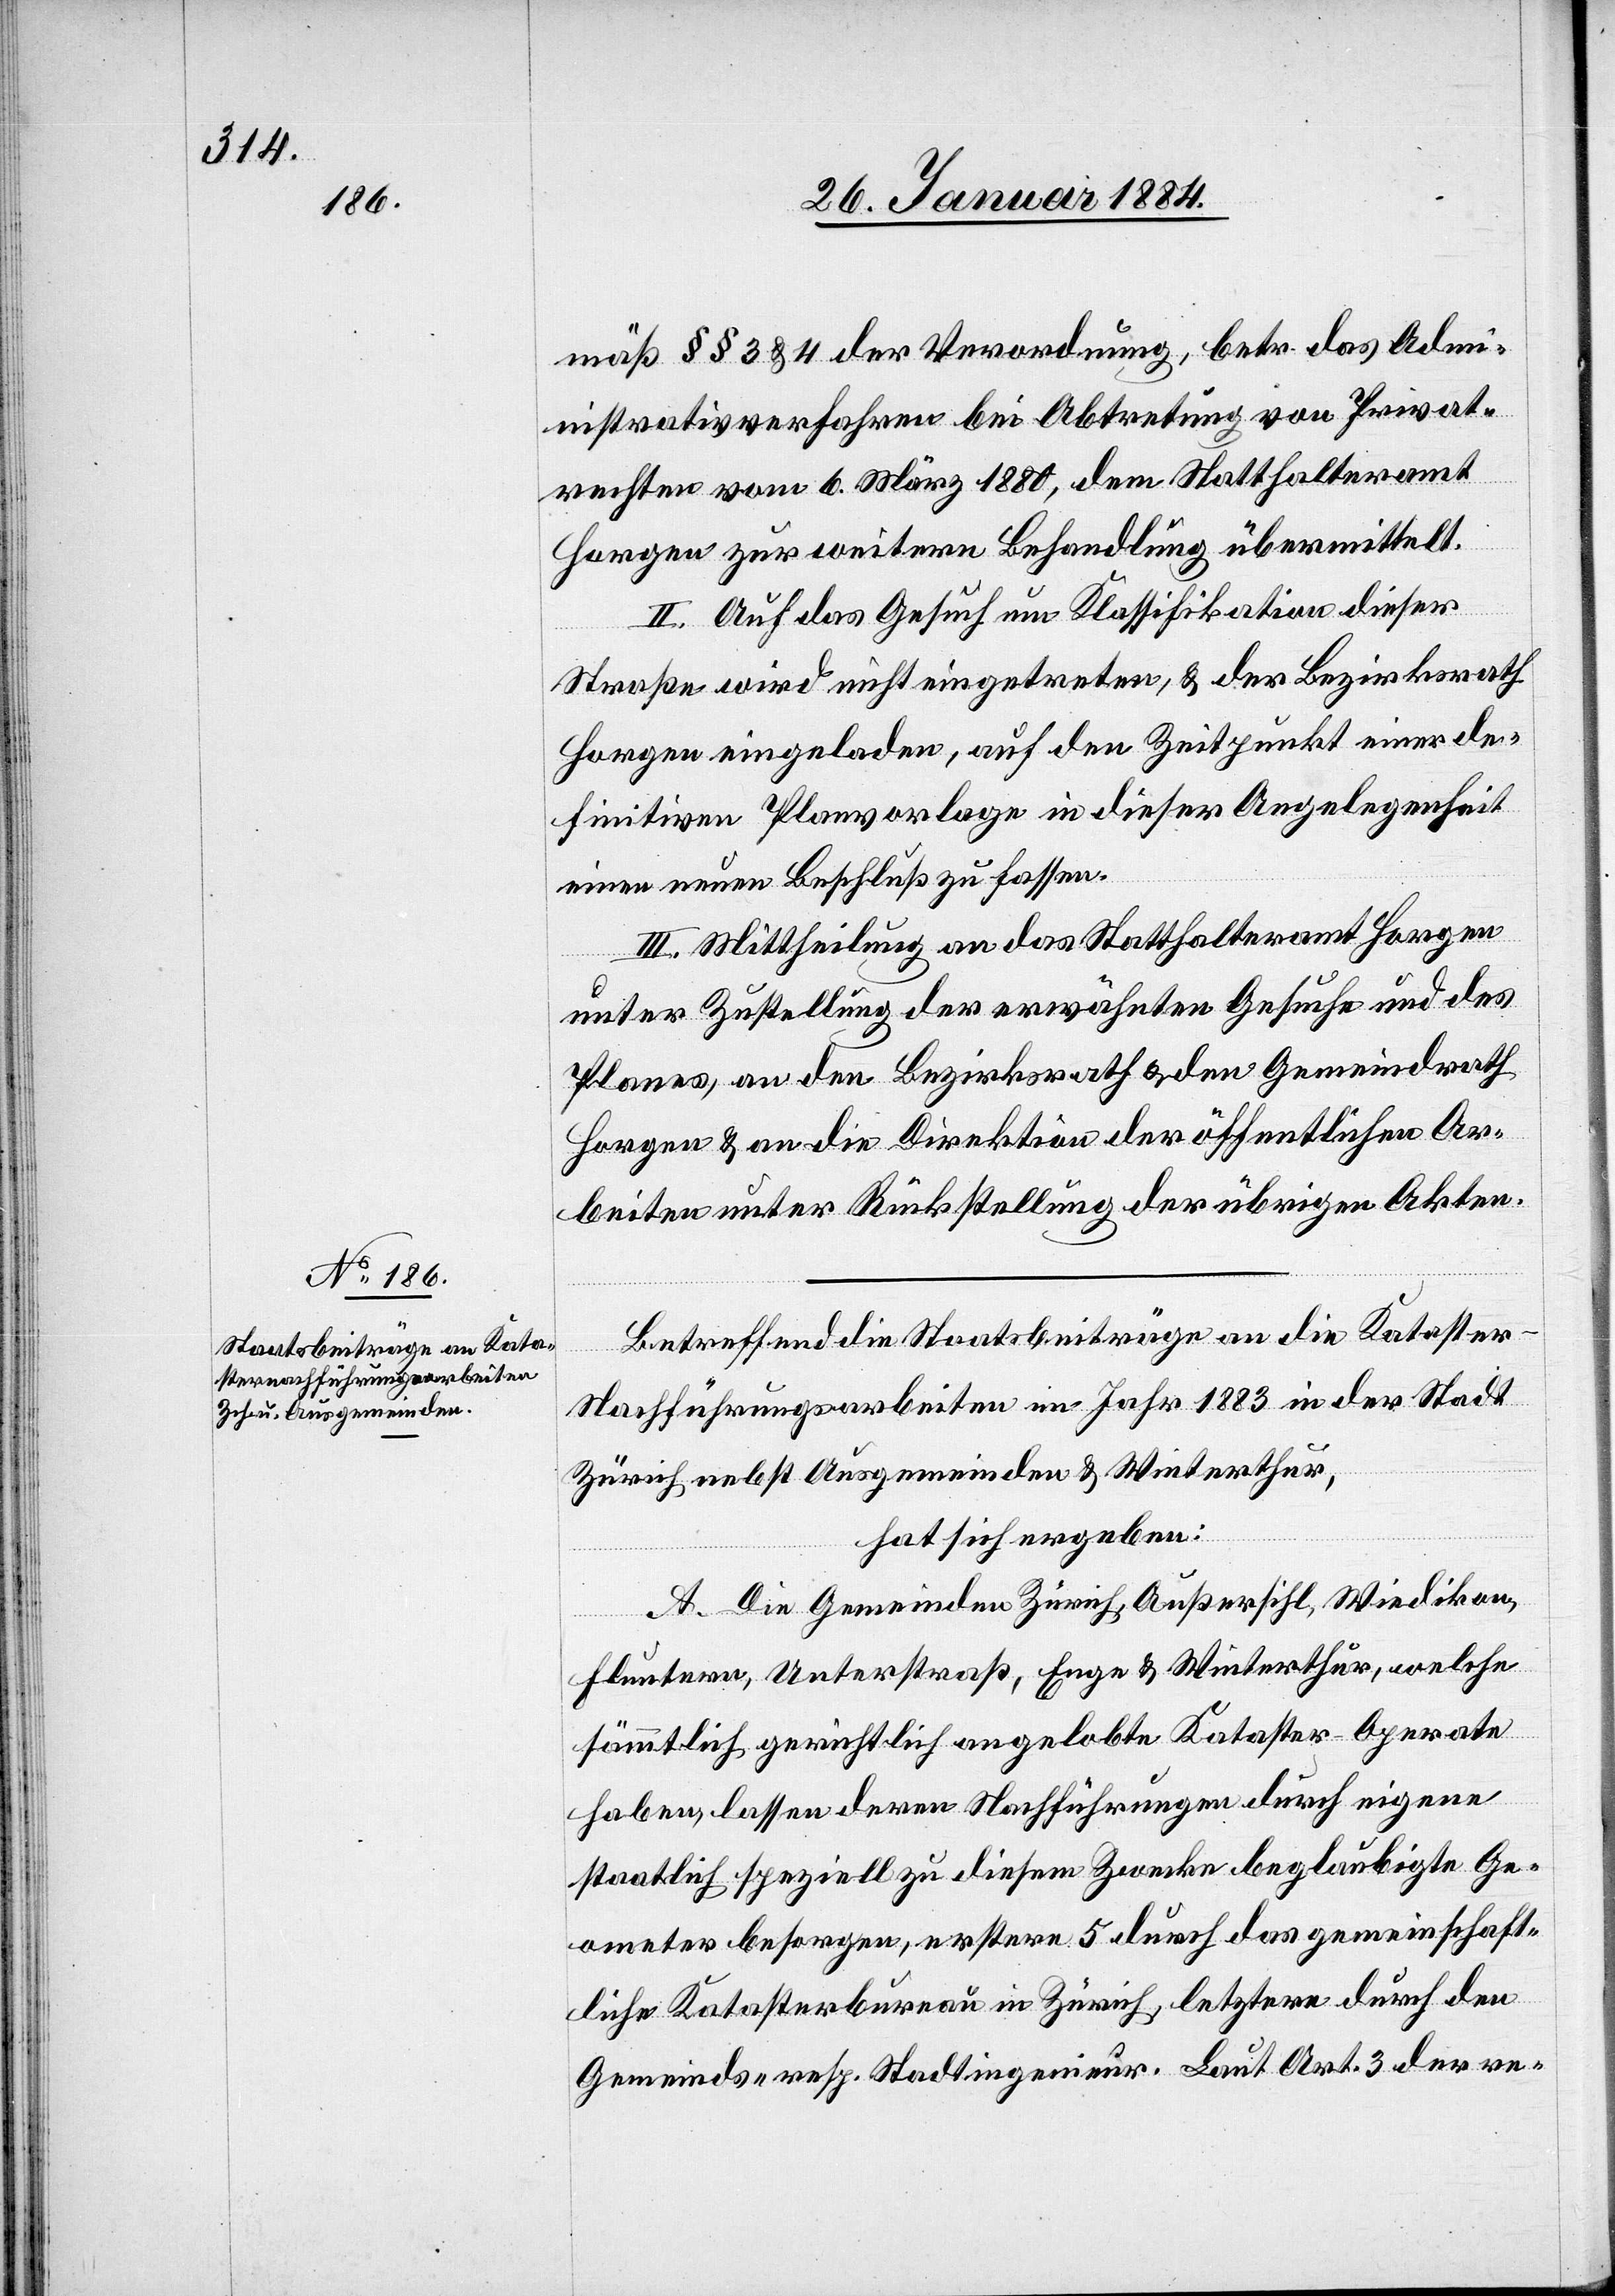
mäß §§ 3 & 4 der Verordnung, betr. das Admi¬
nistrativverfahren bei Abtretung von Privat¬
rechten vom 6. März 1880, dem Statthalteramt
Horgen zur weitern Behandlung übermittelt.
II. Auf das Gesuch um Klassifikation dieser
Straße wird nicht eingetreten, & der Bezirksrath
Horgen eingeladen, auf den Zeitpunkt einer de¬
finitiven Planvorlage in dieser Angelegenheit
einen neuen Beschluß zu fassen.
III. Mittheilung an das Statthalteramt Horgen
unter Zustellung der erwähnten Gesuche und des
Planes, an den Bezirksrath & den Gemeindrath
Horgen & an die Direktion der öffentlichen Ar¬
beiten unter Rückstellung der übrigen Akten.
Betreffend die Staatsbeiträge an die Kataste¬
r-Nachführungsarbeiten im Jahr 1883 in der Stadt
Zürich nebst Ausgemeinden & Winterthur,
hat sich ergeben:
A. Die Gemeinden Zürich, Außersihl, Wiedikon,
Fluntern, Unterstraß, Enge & Winterthur, welche
sämmtlich gerichtlich angelobte Kataster-Aperate
haben, lassen deren Nachführungen durch eigene
staatlich speziell zu diesem Zwecke beglaubigte Ge¬
ometer besorgen, erstere 5 durch das gemeinschaft¬
liche Katasterbureau in Zürich, letztere durch den
Gemeind- resp. Stadtingenieur. Laut Art. 3 der re-